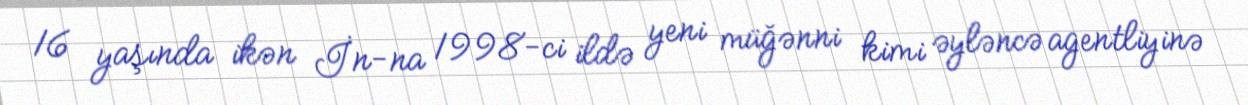
16 yaşında ikən İn-na 1998-ci ildə yeni müğənni kimi əyləncə agentliyinə